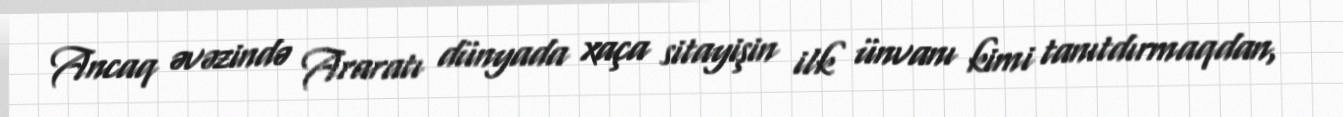
Ancaq əvəzində Araratı dünyada xaça sitayişin ilk ünvanı kimi tanıtdırmaqdan,